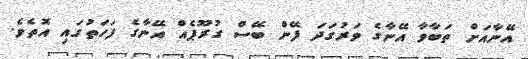
އޭނާއަށް ތަބާވާ އޭނާގެ ވަރުގަދަ ފޭން ބޭސް ގުރޫޕެއް އޭނާގެ ފަހަތުގައި އޮތެވެ.